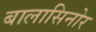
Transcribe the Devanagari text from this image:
बालासिनोर